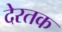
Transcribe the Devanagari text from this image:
देरतक